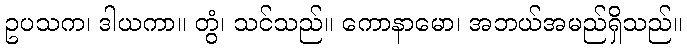
ဥပသက၊ ဒါယကာ။ တွံ၊ သင်သည်။ ကောနာမော၊ အဘယ်အမည်ရှိသည်။